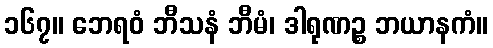
၁၆၇။ ဘေရဝံ ဘီသနံ ဘီမံ၊ ဒါရုဏဉ္စ ဘယာနကံ။